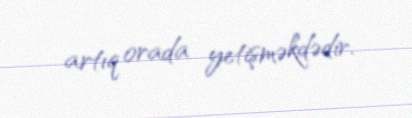
artıq orada yetişməkdədir.